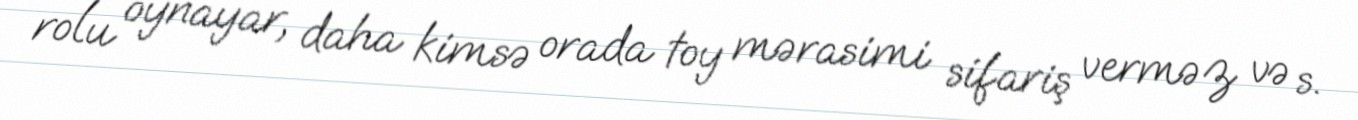
rolu oynayar, daha kimsə orada toy mərasimi sifariş verməz və s.